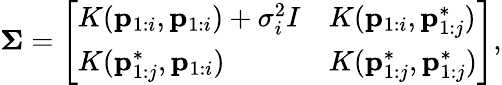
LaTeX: \mathbf{\Sigma}=\left[\begin{array}{ll}{K(\mathbf{p}_{1:i},\mathbf{p}_{1:i})+\sigma_{i}^{2}I}&{K(\mathbf{p}_{1:i},\mathbf{p}_{1:j}^{*})}\\ {K(\mathbf{p}_{1:j}^{*},\mathbf{p}_{1:i})}&{K(\mathbf{p}_{1:j}^{*},\mathbf{p}_{1:j}^{*})}\end{array}\right],